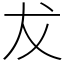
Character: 犮